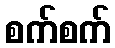
စက်စက်